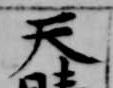
天